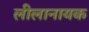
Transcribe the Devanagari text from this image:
लीलानायक